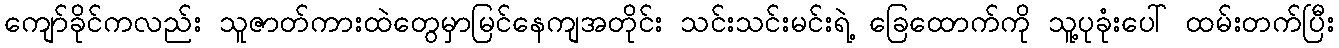
ကျော်ခိုင်ကလည်း သူဇာတ်ကားထဲတွေမှာမြင်နေကျအတိုင်း သင်းသင်းမင်းရဲ့ ခြေထောက်ကို သူ့ပုခုံးပေါ် ထမ်းတက်ပြီး